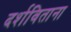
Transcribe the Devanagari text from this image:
दर्शविताना